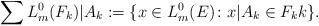
LaTeX: \begin{align*}\sum L^0_m(F_k)|A_k:=\{x\in L^0_m(E)\colon x|A_k \in F_k k\}. \end{align*}